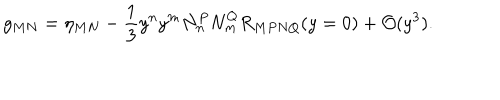
g _ { M N } = \eta _ { M N } - \frac { 1 } { 3 } y ^ { n } y ^ { m } N _ { n } ^ { P } N _ { m } ^ { Q } R _ { M P N Q } ( y = 0 ) + { \cal O } ( y ^ { 3 } ) .